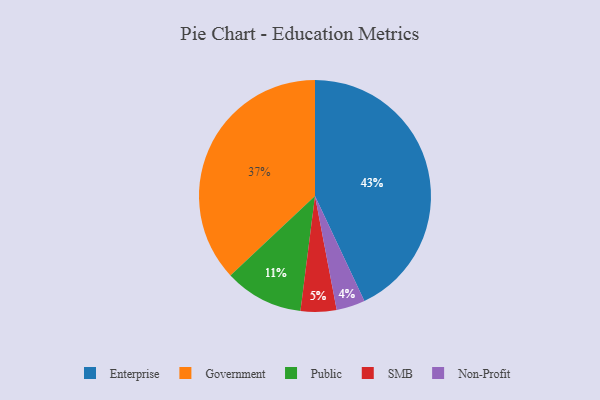
{"axis": {"x": "Category", "y": "Percentage"}, "legend": ["Enterprise", "Government", "Non-Profit", "Public", "SMB"], "data": [{"x": "Government", "y": 37, "type": "Government"}, {"x": "Enterprise", "y": 43, "type": "Enterprise"}, {"x": "Public", "y": 11, "type": "Public"}, {"x": "Non-Profit", "y": 4, "type": "Non-Profit"}, {"x": "SMB", "y": 5, "type": "SMB"}]}